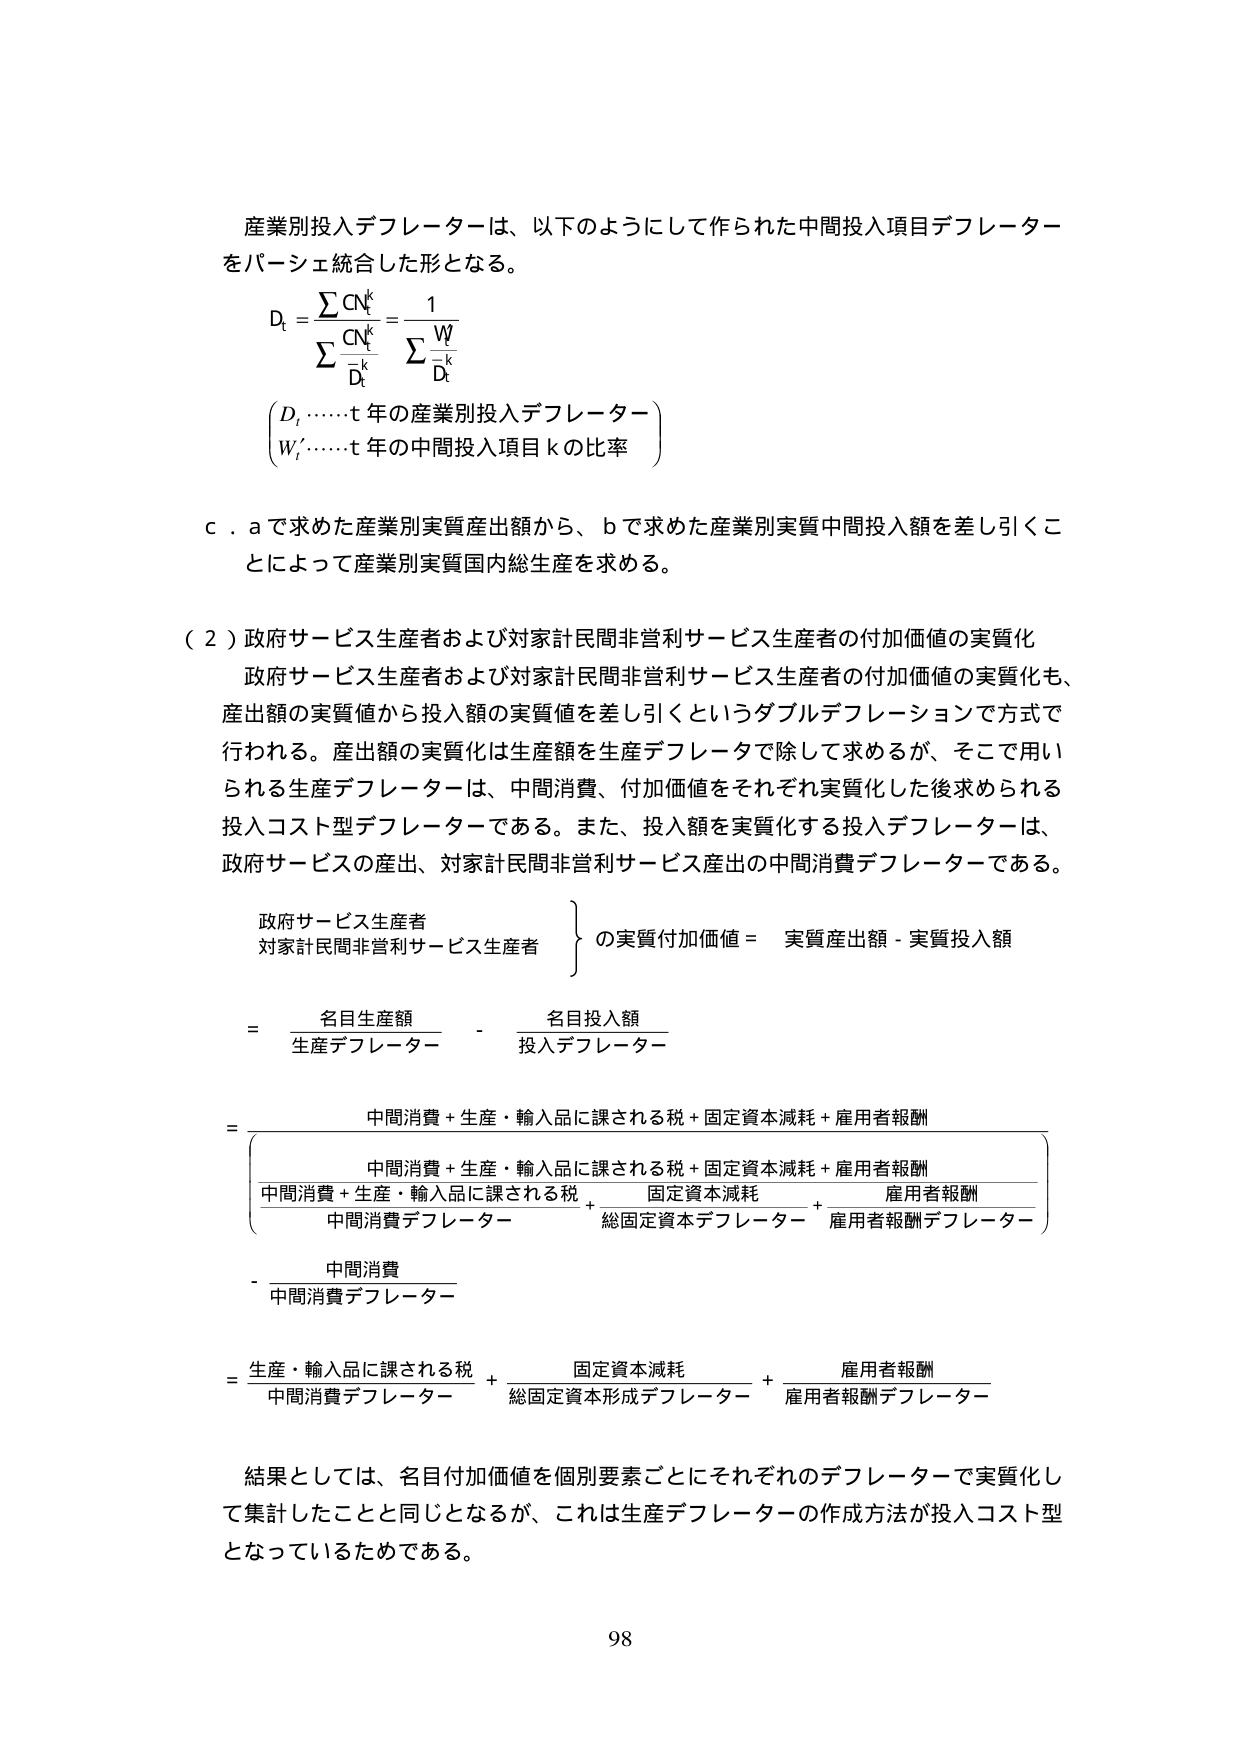
産業別投入デフレーターは、以下のようにして作られた中間投入項目デフレーターをパーシェ統合した形となる。

Dₜ = Σ CNₖᵏ / Σ (CNₖᵏ / Dₜᵏ) = 1 / Σ (Wₖᵗ / Dₜᵏ)

(Dₜ …… t 年の産業別投入デフレーター)
(Wₖᵗ …… t 年の中間投入項目 k の比率)

c．a で求めた産業別実質産出額から、b で求めた産業別実質中間投入額を差し引くことによって産業別実質国内総生産を求める。

（2）政府サービス生産者および対家計民間非営利サービス生産者の付加価値の実質化

政府サービス生産者および対家計民間非営利サービス生産者の付加価値の実質化も、産出額の実質値から投入額の実質値を差し引くというダブルデフレーションで方式で行われる。産出額の実質化は生産額を生産デフレータで除して求めるが、そこで用いられる生産デフレーターは、中間消費、付加価値をそれぞれ実質化した後求められる投入コスト型デフレーターである。また、投入額を実質化する投入デフレーターは、政府サービスの産出、対家計民間非営利サービス産出の中間消費デフレーターである。

{ 政府サービス生産者
  対家計民間非営利サービス生産者 } の実質付加価値 = 実質産出額 - 実質投入額

= 名目生産額 / 生産デフレーター - 名目投入額 / 投入デフレーター

= [ (中間消費 + 生産・輸入品に課される税 + 固定資本減耗 + 雇用者報酬) / (中間消費 + 生産・輸入品に課される税 / 中間消費デフレーター + 固定資本減耗 / 総固定資本デフレーター + 雇用者報酬 / 雇用者報酬デフレーター) ] - 中間消費 / 中間消費デフレーター

= 生産・輸入品に課される税 / 中間消費デフレーター + 固定資本減耗 / 総固定資本形成デフレーター + 雇用者報酬 / 雇用者報酬デフレーター

結果としては、名目付加価値を個別要素ごとにそれぞれのデフレーターで実質化して集計したことと同じとなるが、これは生産デフレーターの作成方法が投入コスト型となっているためである。

98